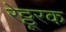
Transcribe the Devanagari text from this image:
रेठ्ठूरक